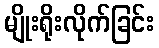
မျိုးရိုးလိုက်ခြင်း